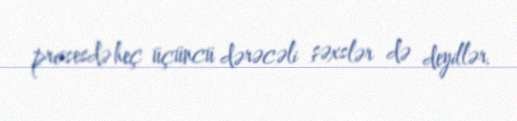
prosesdə heç üçüncü dərəcəli şəxslər də deyillər.